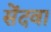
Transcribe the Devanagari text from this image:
सेंदवा